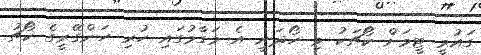
ގައުމީ ޓީމަށް ކޯޗަކު މި ހޯދަނީ އެ މަގާމުގައި ހުރި ހަންގޭރީގެ ކޯޗު